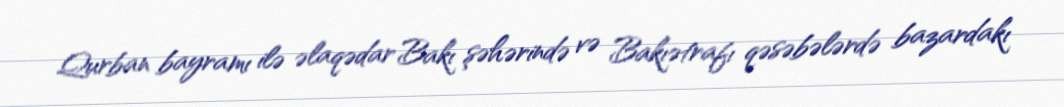
Qurban bayramı ilə əlaqədar Bakı şəhərində və Bakıətrafı qəsəbələrdə bazardakı